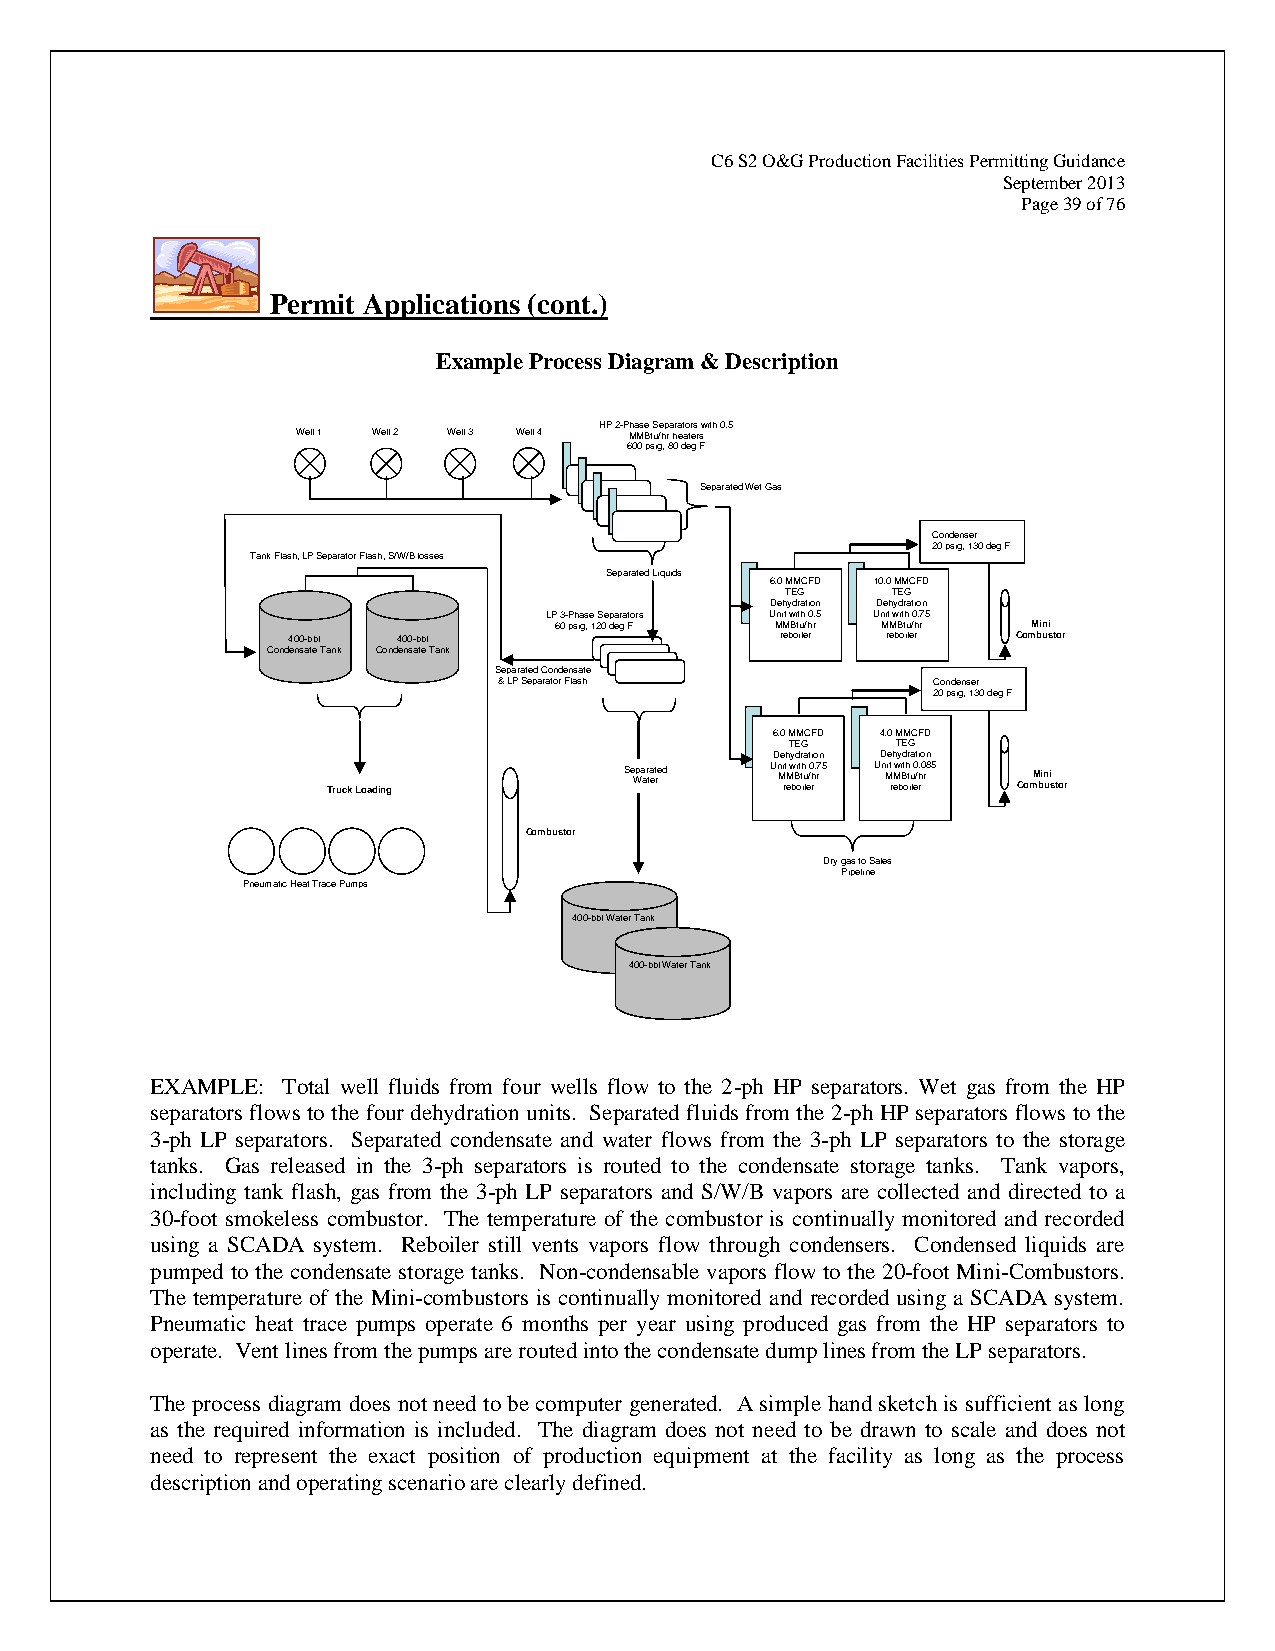
C6 S2 O&G Production Facilities Permitting Guidance
 September 2013
 Page 39 of 76
 Permit Applications (cont.)
 Example Process Diagram & Description
 HP 2-Phase Separators with 0.5
 Well 1 Well 2 Well 3 Well 4 MMBtu/hr heaters
 600 psig, 80 deg F
 Separated Wet Gas
 Condenser
 20 psig, 130 deg F
 Tank Flash, LP Separator Flash, S/W/B losses
 Separated Liquids
 6.0 MMCFD 10.0 MMCFD
 TEG    TEG
 Dehydration Dehydration
 LP 3-Phase Separators Unit with 0.5 Unit with 0.75
 60 psig, 120 deg F MMBtu/hr MMBtu/hr Mini
 400-bbl 400-bbl                  reboiler reboiler Combustor
 Condensate Tank Condensate Tank
 Separated Condensate
 & LP Separator Flash         Condenser
 20 psig, 130 deg F
 6.0 MMCFD 4.0 MMCFD
 TEG    TEG
 Dehydration Dehydration
 Truck Loading
 Se Wpa ar ta et re d Un Mi rt M
 e
 w bBi ot th iu
 l
 e/0 h r. r7 5 Un Mit
 r
 M ew bBit oh t iu le0 /h r.0 r 85 ComM bin ui
 s tor
 Combustor
 Dry gas to Sales
 Pipeline
 Pneumatic Heat Trace Pumps
 400-bbl Water Tank
 400-bbl Water Tank
 EXAMPLE: Total well fluids from four wells flow to the 2-ph HP separators. Wet gas from the HP
 separators flows to the four dehydration units. Separated fluids from the 2-ph HP separators flows to the
 3-ph LP separators. Separated condensate and water flows from the 3-ph LP separators to the storage
 tanks. Gas released in the 3-ph separators is routed to the condensate storage tanks. Tank vapors,
 including tank flash, gas from the 3-ph LP separators and S/W/B vapors are collected and directed to a
 30-foot smokeless combustor. The temperature of the combustor is continually monitored and recorded
 using a SCADA system. Reboiler still vents vapors flow through condensers. Condensed liquids are
 pumped to the condensate storage tanks. Non-condensable vapors flow to the 20-foot Mini-Combustors.
 The temperature of the Mini-combustors is continually monitored and recorded using a SCADA system.
 Pneumatic heat trace pumps operate 6 months per year using produced gas from the HP separators to
 operate. Vent lines from the pumps are routed into the condensate dump lines from the LP separators.
 The process diagram does not need to be computer generated. A simple hand sketch is sufficient as long
 as the required information is included. The diagram does not need to be drawn to scale and does not
 need to represent the exact position of production equipment at the facility as long as the process
 description and operating scenario are clearly defined.